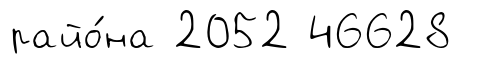
райо́на 2052 46628